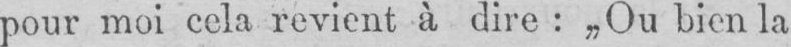
pour moi cela revient à dire: „Ou bien la